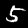
Label: 5